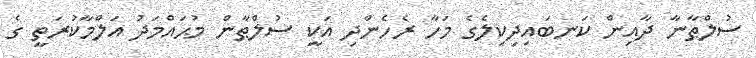
ސުލްޠާނާ ދާއިން ކަނބައިދިކިލެގެ މަހާ ރެހެންދި އަކީ ސުލްޠާން މުޙައްމަދު އަލްމާކުރަތީ ގެ